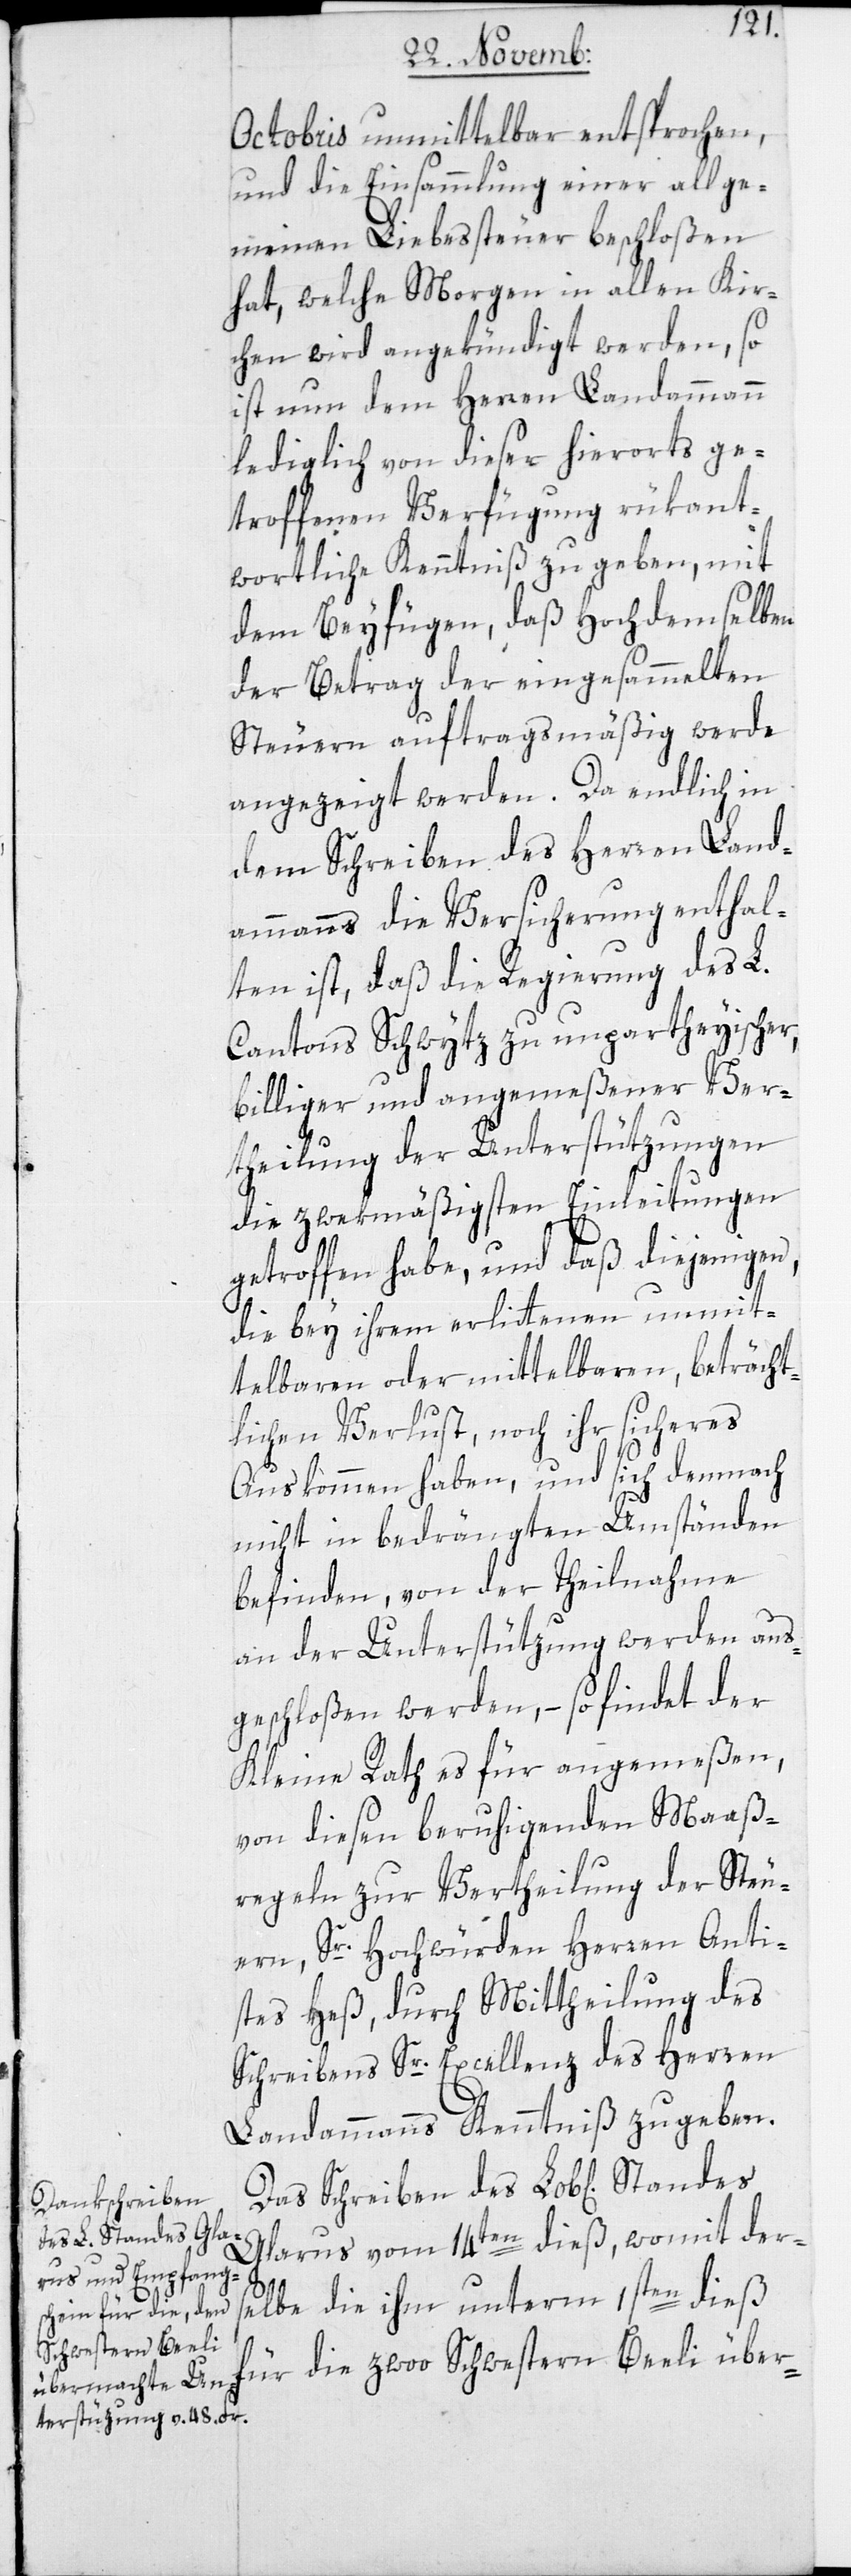
Octobris unmittelbar entsprochen,
und die Einsammlung einer allge¬
meinen Liebeßteuer beschloßen
hat, welche Morgen in allen Kir¬
chen wird angekündigt werden, so
ist nun dem Herren Landammann
lediglich von dieser hierorts ge¬
troffenen Verfügung rükant¬
wortliche Kenntniß zu geben, mit
dem Beyfügen, daß Hochdemselben
der Betrag der eingesammelten
Steuern auftragsmäßig werde
angezeigt werden. Da endlich in
dem Schreiben des Herren Land¬
ammanns die Versicherung enthal¬
ten ist, daß die Regierung des L.
Cantons Schwytz zu unpartheyischer,
billiger und angemeßener Ver¬
theilung der Unterstützungen
die zwekmäßigsten Einleitungen
getroffen habe, und daß diejenigen,
die bey ihrem erlittenen unmit¬
telbaren oder mittelbaren, beträcht¬
lichen Verlust, noch ihr sicheres
Auskommen haben, und sich demnach
nicht in bedrängten Umständen
befinden, von der Theilnahme
an der Unterstützung werden aus¬
geschloßen werden, – so findet der
Kleine Rath es für angemeßen,
von diesen beruhigenden Maaß¬
regeln zur Vertheilung der Steu¬
ern, Sr. Hochwürden Herren Anti¬
stes Heß, durch Mittheilung des
Schreibens Sr. Excellenz des Herren
Landammanns Kenntniß zu geben.
Das Schreiben
Glarus vom 14ten dieß, womit der¬
selbe die ihm unterm 1sten dieß
Schwestern Beeli